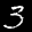
Label: 3